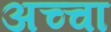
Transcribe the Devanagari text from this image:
अच्‍चा